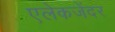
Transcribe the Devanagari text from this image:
एलेकजेंदर